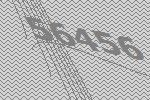
56456